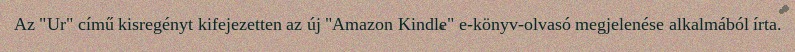
Az "Ur" című kisregényt kifejezetten az új "Amazon Kindle" e-könyv-olvasó megjelenése alkalmából írta.